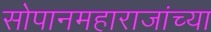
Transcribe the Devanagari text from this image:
सोपानमहाराजांच्या